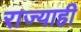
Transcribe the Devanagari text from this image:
राज्याही